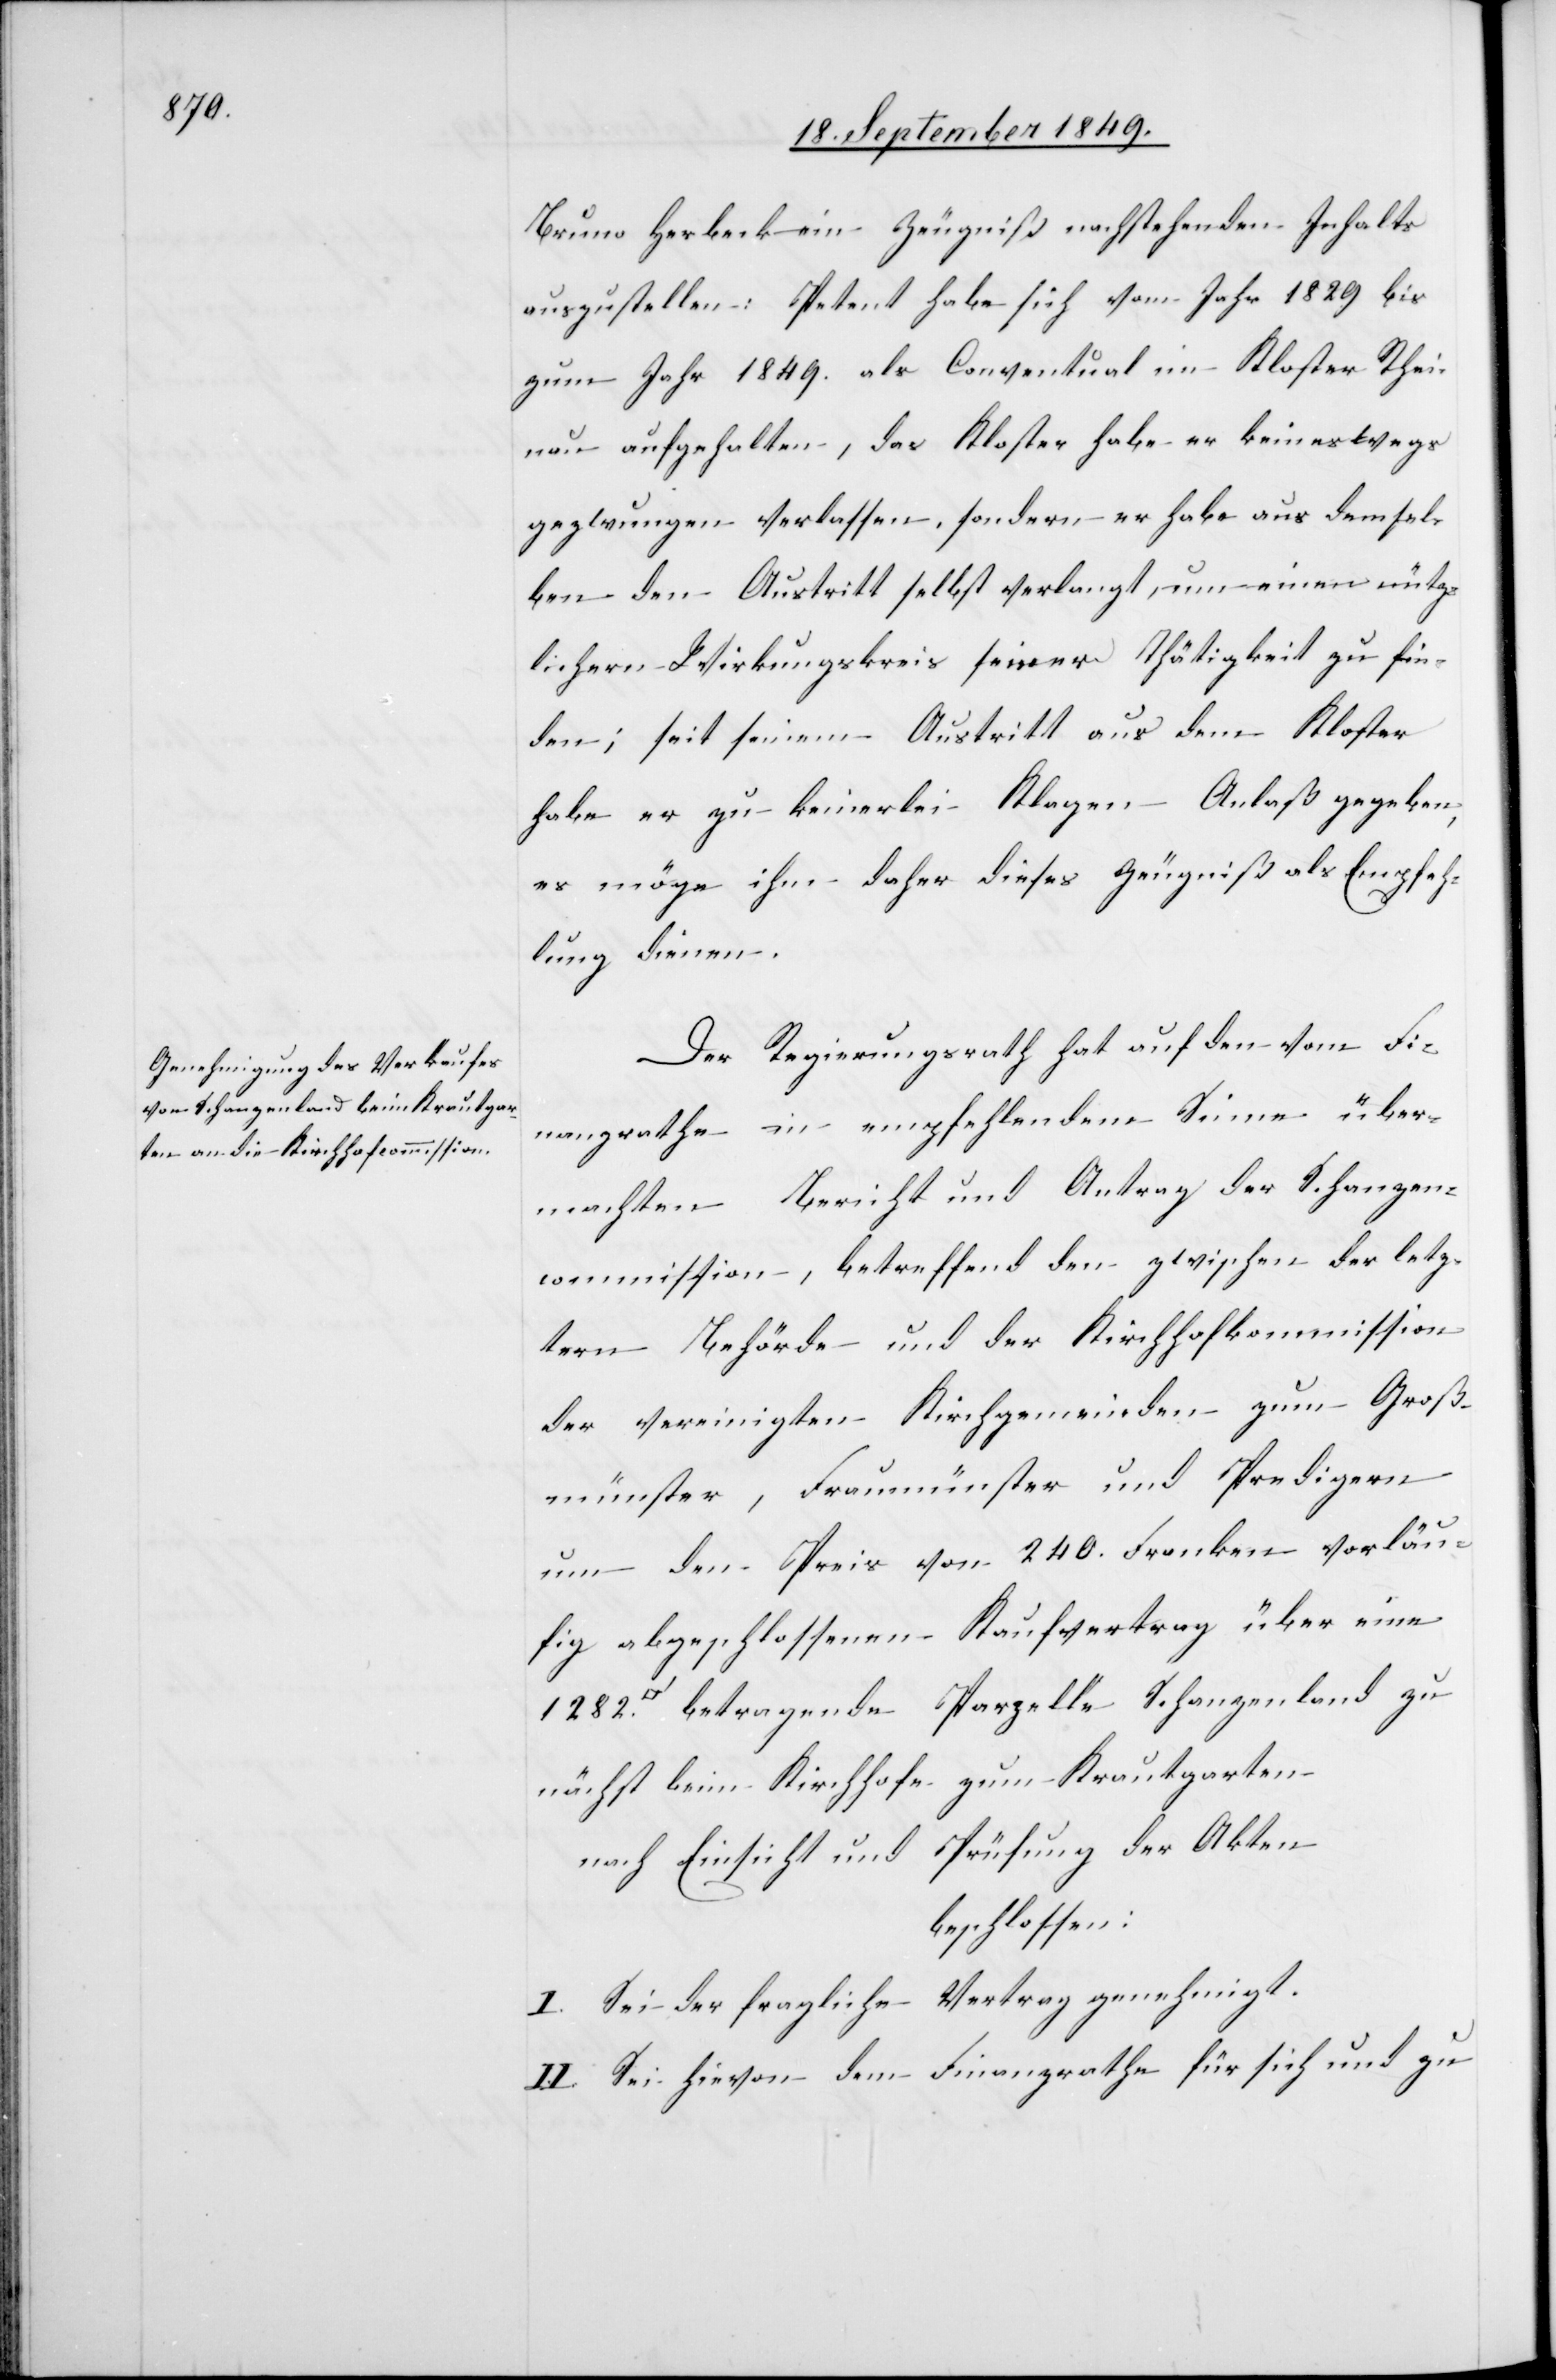
Bruno Herbeck ein Zeugniß nachstehenden Inhalts
auszustellen: Petent habe sich vom Jahr 1829 bis
zum Jahr 1849. als Conventual im Kloster Rhei¬
nau aufgehalten, das Kloster habe er keineswegs
gezwungen verlassen, sondern er habe aus demsel¬
ben den Austritt selbst verlangt, um einen nütz¬
lichern Wirkungskreis seiner Thätigkeit zu fin¬
den; seit seinem Austritt aus dem Kloster
habe er zu keinerlei Klagen Anlaß gegeben,
es möge ihm daher dieses Zeugniß als Empfeh¬
lung dienen.
Der Regierungsrath hat auf den vom Fi¬
nanzrathe in empfehlendem Sinne über¬
machten Bericht und Antrag der Schanzen¬
commission, betreffend den zwischen der letz¬
tern Behörde und Kirchhofkommission
der vereinigten Kirchgemeinden zum Groß¬
münster, Fraumünster und Predigern
um den Preis von 240 Franken vorläu¬
fig abgeschlossenen Kaufvertrag über eine
betragende Parzelle Schanzenland zu
nächst beim Kirchhofe zum Krautgarten
nach Einsicht und Prüfung der Akten
beschlossen:
I. Sie der fragliche Vertrag genehmigt.
II. Sei hievon dem Finanzrathe für sich und zu